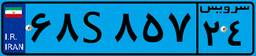
۵۱S۰۸۱۳۸